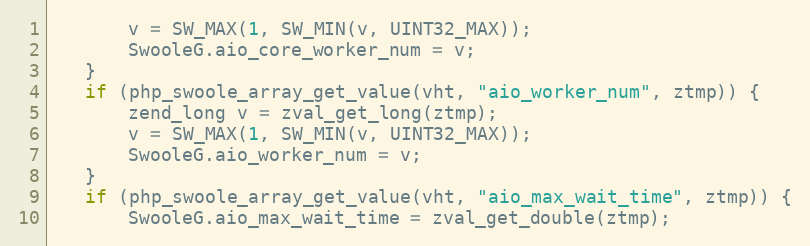
Language: C++
       v = SW_MAX(1, SW_MIN(v, UINT32_MAX));
       SwooleG.aio_core_worker_num = v;
   }
   if (php_swoole_array_get_value(vht, "aio_worker_num", ztmp)) {
       zend_long v = zval_get_long(ztmp);
       v = SW_MAX(1, SW_MIN(v, UINT32_MAX));
       SwooleG.aio_worker_num = v;
   }
   if (php_swoole_array_get_value(vht, "aio_max_wait_time", ztmp)) {
       SwooleG.aio_max_wait_time = zval_get_double(ztmp);